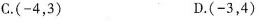
C.(-4，3) D.(-3，4)